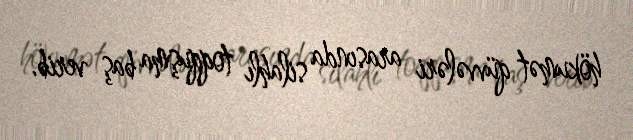
hökumət qüvvələri arasında silahlı toqquşma baş verib.